Report of the Bombay Veterinary College
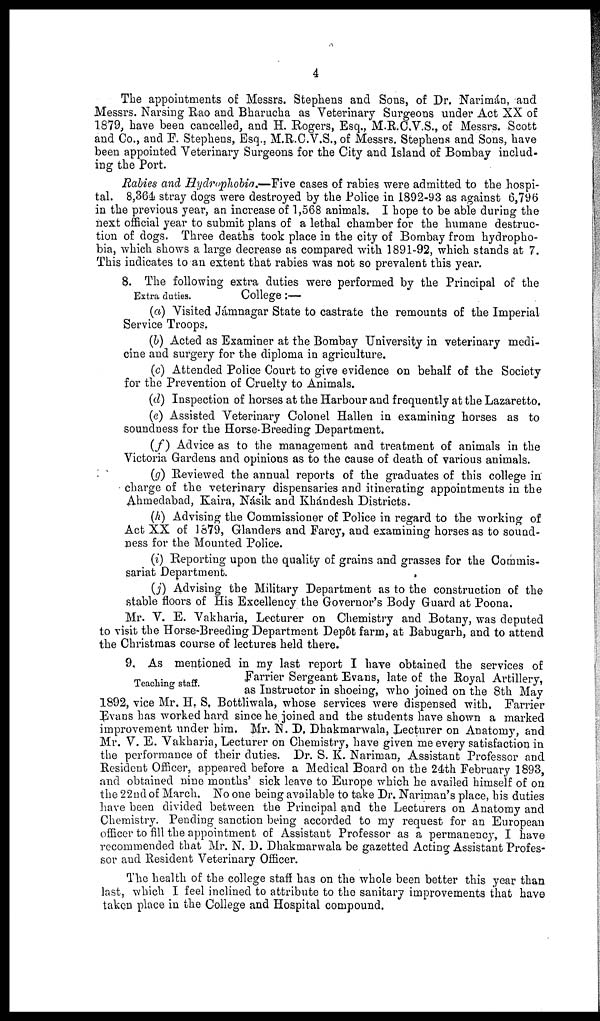
4
The appointments of Messrs. Stephens and Sons, of Dr. Narimán, and
Messrs. Narsing Rao and Bharucha as Veterinary Surgeons under Act XX of
1879, have been cancelled, and H. Rogers, Esq., M.R.C.V.S., of Messrs. Scott
and Co., and F. Stephens, Esq., M.R.C.V.S., of Messrs. Stephens and Sons, have
been appointed Veterinary Surgeons for the City and Island of Bombay includ-
ing the Port.
Rabies and Hydrophobia.—Five cases of rabies were admitted to the hospi-
tal. 8,364 stray dogs were destroyed by the Police in 1892-93 as against 6,796
in the previous year, an increase of 1,568 animals. I hope to be able during the
next official year to submit plans of a lethal chamber for the humane destruc-
tion of dogs. Three deaths took place in the city of Bombay from hydropho-
bia, which shows a large decrease as compared with 1891-92, which stands at 7.
This indicates to an extent that rabies was not so prevalent this year.
8. The following extra duties were performed by the Principal of the
Extra
duties.
College;—
(a) Visited Jámnagar State to castrate the remounts of the Imperial
Service Troops.
(b) Acted as Examiner at the Bombay University in veterinary medi-
cine and surgery for the diploma in agriculture.
(c) Attended Police Court to give evidence on behalf of the Society
for the Prevention of Cruelty to Animals.
(d) Inspection of horses at the Harbour and frequently at the Lazaretto.
(e) Assisted Veterinary Colonel Hallen in examining horses as to
soundness for the Horse-Breeding Department.
(f) Advice as to the management and treatment of animals in the
Victoria Gardens and opinions as to the cause of death of various animals.
(g) Reviewed the annual reports of the graduates of this college in
charge of the veterinary dispensaries and itinerating appointments in the
Ahmedabad, Kaira, Násik and Khándesh Districts.
(h) Advising the Commissioner of Police in regard to the working of
Act XX of 1879, Glanders and Farcy, and examining horses as to sound-
ness for the Mounted Police.
(i) Reporting upon the quality of grains and grasses for the Commis-
sariat Department.
(j) Advising the Military Department as to the construction of the
stable floors of His Excellency the Governor's Body Guard at Poona.
Mr. V. E. Vakharia, Lecturer on Chemistry and Botany, was deputed
to visit the Horse-Breeding Department Depôt farm, at Babugarh, and to attend
the Christmas course of lectures held there.
Teaching staff.
9. As mentioned in my last report I have obtained the services of
Farrier Sergeant Evans, late of the Royal Artillery,
as Instructor in shoeing, who joined on the 8th May
1892, vice Mr. H. S. Bottliwala, whose services were dispensed with. Farrier
Evans has worked hard since he joined and the students have shown a marked
improvement under him. Mr. N. D. Dhakmarwala, Lecturer on Anatomy, and
Mr. V. E. Vakharia, Lecturer on Chemistry, have given me every satisfaction in
the performance of their duties. Dr. S. K. Nariman, Assistant Professor and
Resident Officer, appeared before a Medical Board on the 24th February 1893,
and obtained nine months' sick leave to Europe which he availed himself of on
the 22nd of March. No one being available to take Dr. Nariman's place, his duties
have been divided between the Principal and the Lecturers on Anatomy and
Chemistry. Pending sanction being accorded to my request for an European
officer to fill the appointment of Assistant Professor as a permanency, I have
recommended that Mr. N. D. Dhakmarwala be gazetted Acting Assistant Profes-
sor and Resident Veterinary Officer.
The health of the college staff has on the whole been better this year than
last, which I feel inclined to attribute to the sanitary improvements that have
taken place in the College and Hospital compound.